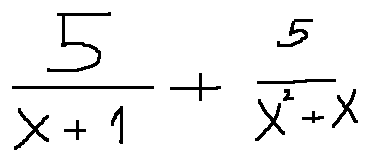
\frac { 5 } { x + 1 } + \frac { 5 } { x ^ { 2 } + x }